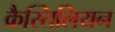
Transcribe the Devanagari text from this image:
कैस्तिलियन